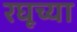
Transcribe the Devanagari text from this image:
रघूच्या